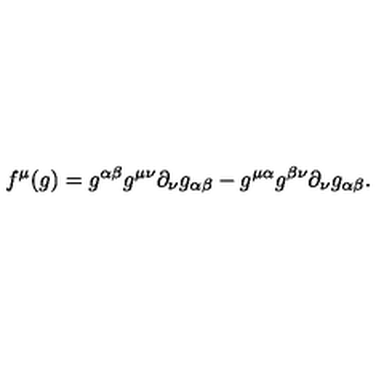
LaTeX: f ^ { \mu } ( g ) = g ^ { \alpha \beta } g ^ { \mu \nu } \partial _ { \nu } g _ { \alpha \beta } - g ^ { \mu \alpha } g ^ { \beta \nu } \partial _ { \nu } g _ { \alpha \beta } .